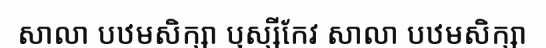
សាលា បឋមសិក្សា ឫស្សីកែវ សាលា បឋមសិក្សា